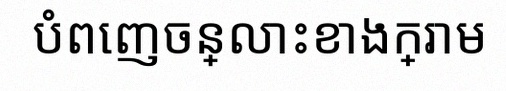
បំពេញចន្លោះខាងក្រោម